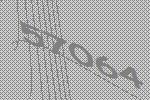
57064